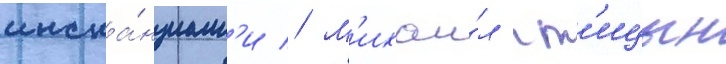
инста́нциам'и // М'ихаи́л пт'ицын